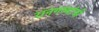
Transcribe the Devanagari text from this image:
रानगव्यांची